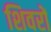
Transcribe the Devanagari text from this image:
शिवरों